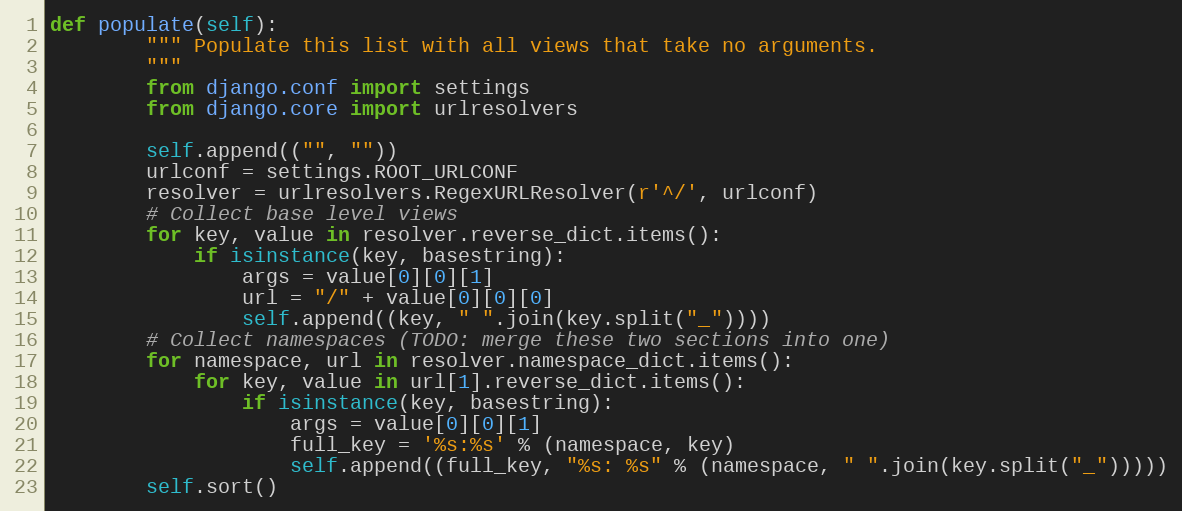
Language: Python
def populate(self):
        """ Populate this list with all views that take no arguments.
        """
        from django.conf import settings
        from django.core import urlresolvers

        self.append(("", ""))
        urlconf = settings.ROOT_URLCONF
        resolver = urlresolvers.RegexURLResolver(r'^/', urlconf)
        # Collect base level views
        for key, value in resolver.reverse_dict.items():
            if isinstance(key, basestring):
                args = value[0][0][1]
                url = "/" + value[0][0][0]
                self.append((key, " ".join(key.split("_"))))
        # Collect namespaces (TODO: merge these two sections into one)
        for namespace, url in resolver.namespace_dict.items():
            for key, value in url[1].reverse_dict.items():
                if isinstance(key, basestring):
                    args = value[0][0][1]
                    full_key = '%s:%s' % (namespace, key)
                    self.append((full_key, "%s: %s" % (namespace, " ".join(key.split("_")))))
        self.sort()